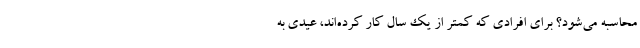
محاسبه می‌شود؟ برای افرادی که کمتر از یک سال کار کرده‌اند، عیدی به